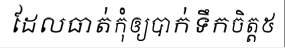
ដែលធាត់កុំឲ្យបាក់ទឹកចិត្ត៥